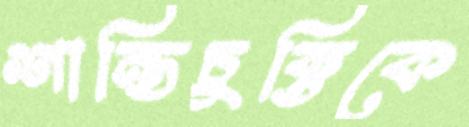
শান্তিচুক্তিকে